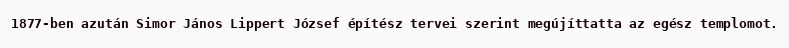
1877-ben azután Simor János Lippert József építész tervei szerint megújíttatta az egész templomot.